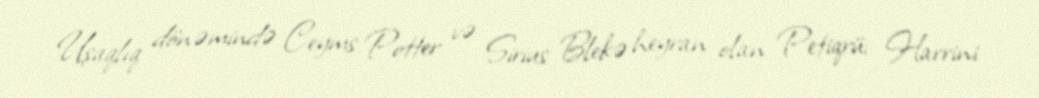
Uşaqlıq dönəmində Ceyms Potter və Sirius Blekə heyran olan Petiqrü; Harrini